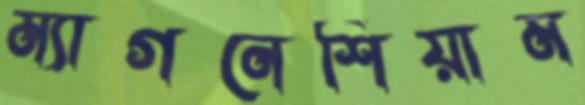
ম্যাগনেশিয়াম